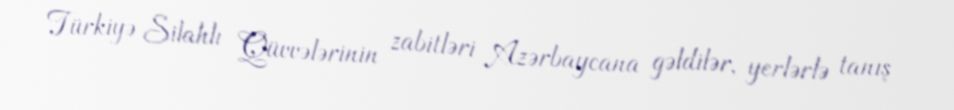
Türkiyə Silahlı Qüvvələrinin zabitləri Azərbaycana gəldilər, yerlərlə tanış